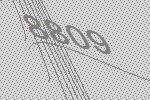
8809